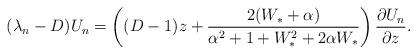
LaTeX: \begin{align*}(\lambda_{n}-D)U_{n} = \left((D-1)z+\frac{2(W_{*}+\alpha)}{\alpha^{2} +1 + W_{*}^{2} +2\alpha W_{*}}\right)\frac{\partial U_{n}}{\partial z}.\end{align*}